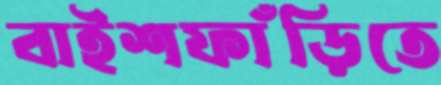
বাইশফাঁড়িতে